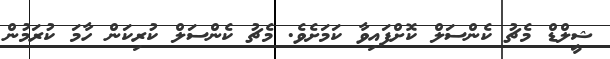
ޝީލްޑް މެޗު ކެންސަލް ކޮށްފައިވާ ކަމަށެވެ. މެޗު ކެންސަލް ކުރިކަން ހާމަ ކުރަމުން